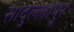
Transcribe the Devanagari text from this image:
सादुल्लापुर